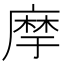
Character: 𢊢